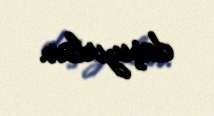
daşıyırlar.